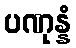
ပဏုန္နံ